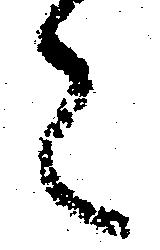
々